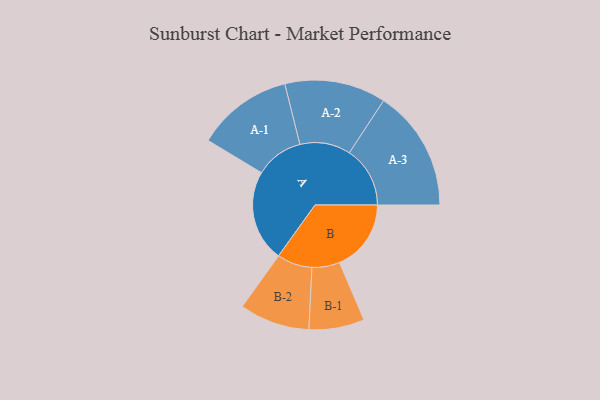
{"axis": {"x": "Segment", "y": "Value"}, "legend": ["", "A", "B"], "data": [{"x": "A", "y": 419, "type": ""}, {"x": "B", "y": 328, "type": ""}, {"x": "A-1", "y": 220, "type": "A"}, {"x": "A-2", "y": 232, "type": "A"}, {"x": "A-3", "y": 278, "type": "A"}, {"x": "B-1", "y": 127, "type": "B"}, {"x": "B-2", "y": 161, "type": "B"}]}